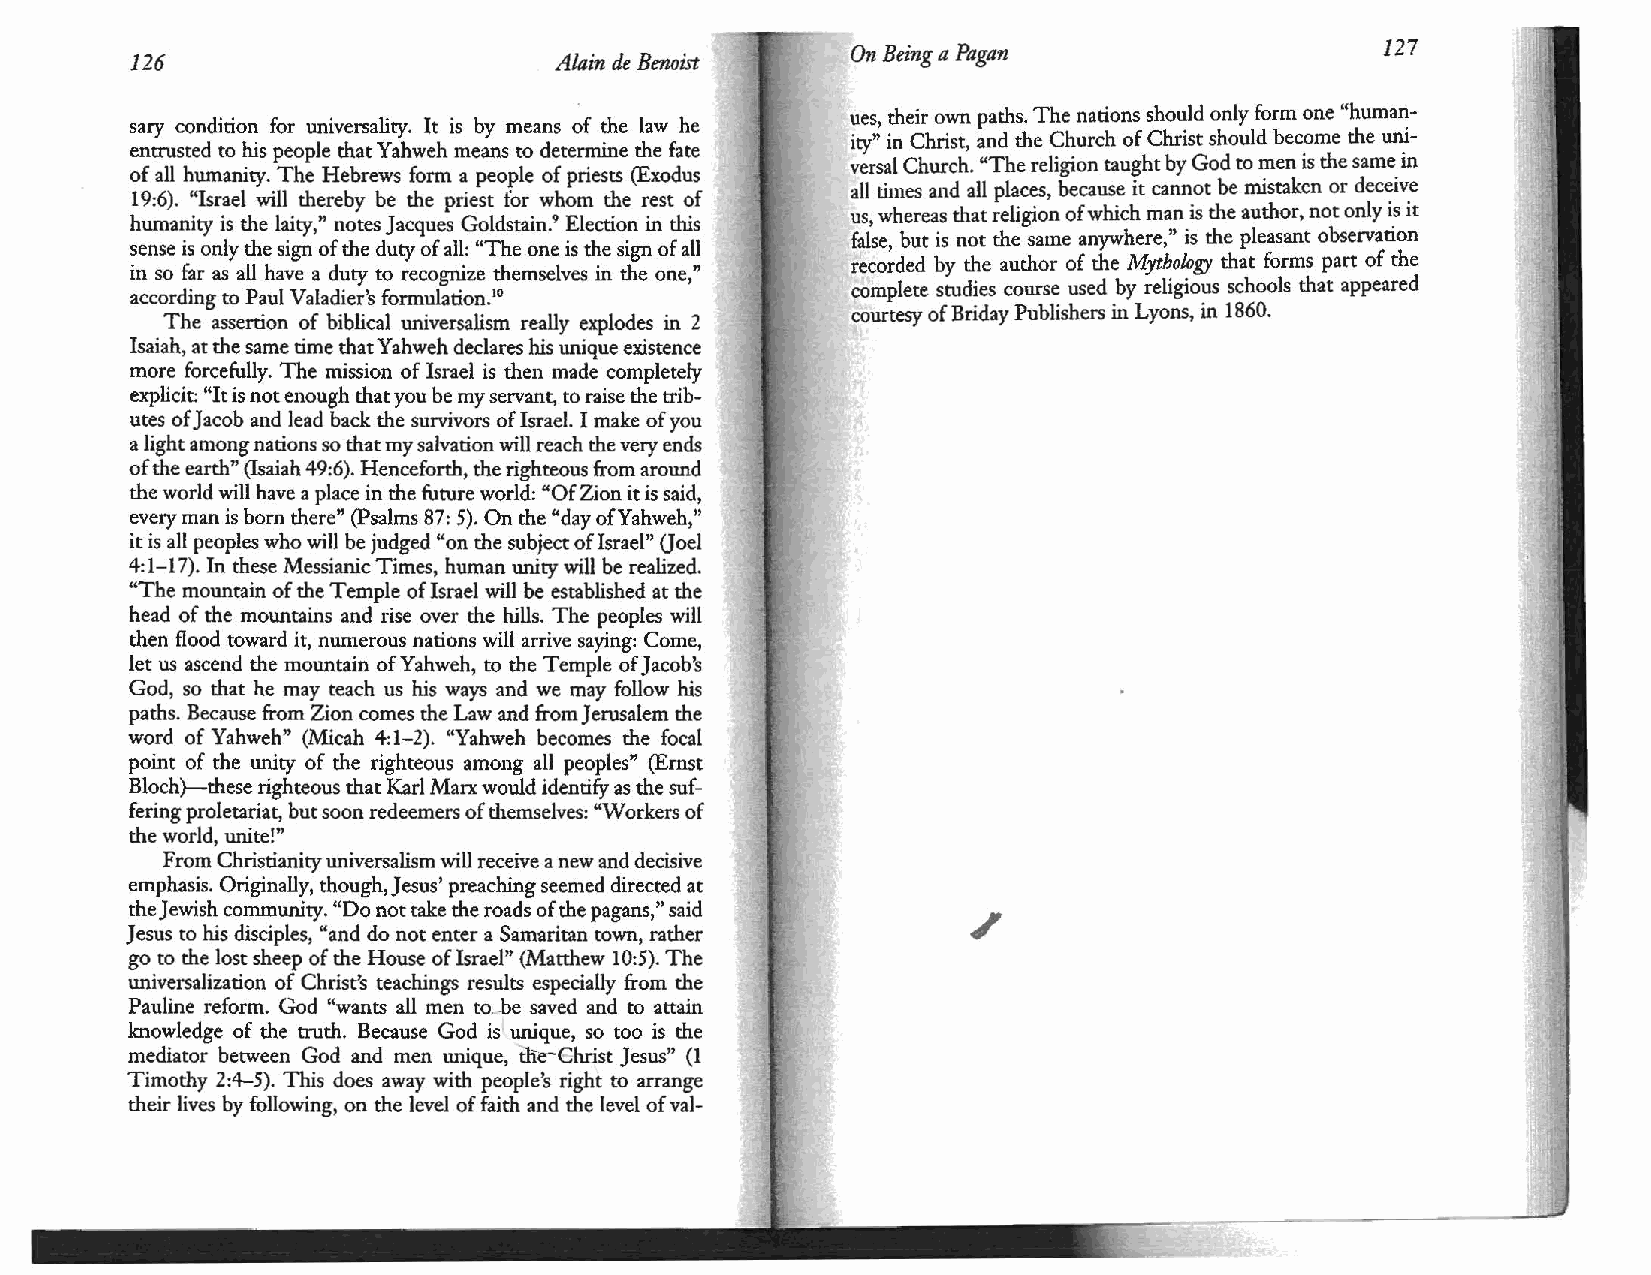
On Being a Pagan                    127
 126                         Alain de Benoist
 ues, their own paths. The nations should only form one "human
 sary condition for universality. It is by means of the law he
 ity" in Christ, and the Church of Christ should become the uni
 entrusted to his people that Yahweh means to determine the fate
 versal Church. "The religion taught by God to men is the same in
 of all humanity. The Hebrews form a people of priests (Exodus
 all times and all places, because it cannot be mistaken or deceive
 19:6). "Israel will thereby be the priest for whom the rest of
 us, whereas that religion of which man is the author, not only is it
 humanity is the laity," notes Jacques Goldstain.9 Election in this
 false, but is not the same anywhere," is the pleasant observation
 ~ense is only the sign of the duty of all: "The one is the sign of all
 recorded by the author of the Mythology that forms part of the
 m so far as all have a duty to recognize themselves in the one "
 complete studies course used by religious schools that appeared
 according to Paul Valadier's formulation.10
 '
 courtesy of Briday Publishers in Lyons, in 1860.
 . The assertion ~f biblical universalism really explodes in 2
 Isa1ah, at the same orne that Yahweh declares his unique existence
 mor~ .fo~cef?lly. The mission of Israel is then made completely
 explicit: It 1s not enough that you be my servant, to raise the trib
 ut~s ofJ acob and.Iead back the survivors of Israel. I make of you
 a hght among nations so that my salvation will reach the very ends
 of the earth" (Isaiah 49:6). Henceforth, the righteous from around
 the world will have a place in the future world: "Of Zion it is said,
 ~v~ry man is born there" (Psalms 87: 5). On the "day ofYahweh,"
 1t IS all peoples who will be judged "on the subject oflsrael" Ooel
 4:1-17). In these Messianic Times, human unity will be realized.
 "The mountain of the Temple of Israel will be established at the
 head of the mountains and rise over the hills. The peoples will
 then flood toward it, numerous nations will arrive saying: Come,
 let us ascend the mountain ofYahweh, to the Temple of Jacob's
 God, so that he may teach us his ways and we may follow his
 paths. Because from Zion comes the Law and from Jerusalem the
 word of Yahweh" (Micah 4:1-2). "Yahweh becomes the focal
 point of the unity of the righteous among all peoples" (Ernst
 Bloch)-these righteous that Karl Marx would identify as the suf
 fering proletariat, but soon redeemers of themselves: "Workers of
 the world, unite!"
 From Christianity universalism will receive a new and decisive
 emphasis. Originally, though, Jesus' preaching seemed directed at
 the Jewish community. "Do not take the roads of the pagans," said
 Jesus to his disciples, "and do not enter a Samaritan town, rather
 go to the lost sheep of the House of Israel" (Matthew 10:5). The
 universalization of Christ's teachings results especially from the
 Pauline reform. God "wants all men to. . be saved and to attain
 knowledge of the truth. Because God is unique, so too is the
 mediator between God and men unique, t:lie--Christ Jesus" (1
 Ti~ot:hy 2:4-5). ~is does away with people's right to arrange
 the1r hves by followmg, on the level of faith and the level of val-